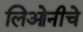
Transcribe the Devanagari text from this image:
लिओनीचे